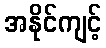
အနိုင်ကျင့်